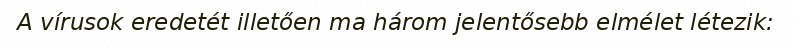
A vírusok eredetét illetően ma három jelentősebb elmélet létezik: